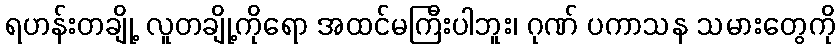
ရဟန်းတချို့ လူတချို့ကိုရော အထင်မကြီးပါဘူး၊ ဂုဏ် ပကာသန သမားတွေကို